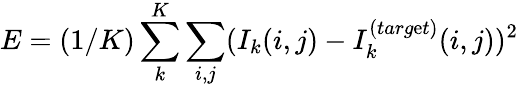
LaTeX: E=(1/K)\sum_{k}^{K}\sum_{i,j}(I_{k}(i,j)-I_{k}^{(targ\mathrm{e}t)}(i,j))^{2}